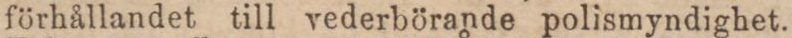
förhållandet till vederbörande polismyndighet.